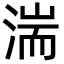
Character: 湍